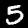
Digit: 5